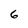
Character: 6